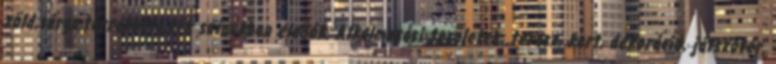
zöld,sárga,terrakotta,kék színekben eladók. Alkalmazási területek: terasz, kert, dekoráció, játszótér,